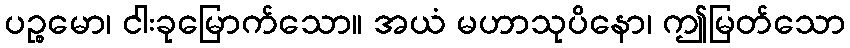
ပဉ္စမော၊ ငါးခုမြောက်သော။ အယံ မဟာသုပိနော၊ ဤမြတ်သော